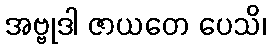
အဗ္ဗုဒါ ဇာယတေ ပေသိ၊